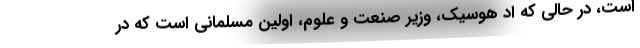
است، در حالی که اد هوسیک، وزیر صنعت و علوم، اولین مسلمانی است که در